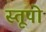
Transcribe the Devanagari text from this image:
स्‍तूपो